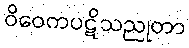
ဝိဝေကပဋိသညုတာ